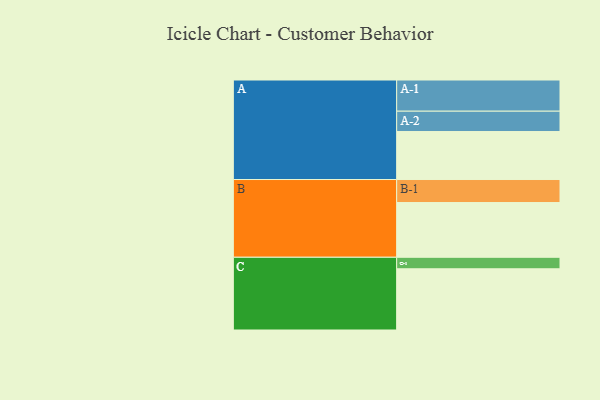
{"axis": {"x": "Segment", "y": "Value"}, "legend": ["", "A", "B", "C"], "data": [{"x": "A", "y": 459, "type": ""}, {"x": "B", "y": 523, "type": ""}, {"x": "C", "y": 585, "type": ""}, {"x": "A-1", "y": 298, "type": "A"}, {"x": "A-2", "y": 194, "type": "A"}, {"x": "B-1", "y": 220, "type": "B"}, {"x": "C-1", "y": 110, "type": "C"}]}